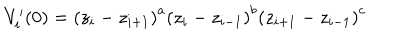
V _ { i } ^ { \prime } ( 0 ) = \left( z _ { i } - z _ { i + 1 } \right) ^ { a } \left( z _ { i } - z _ { i - 1 } \right) ^ { b } \left( z _ { i + 1 } - z _ { i - 1 } \right) ^ { c }